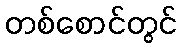
တစ်စောင်တွင်